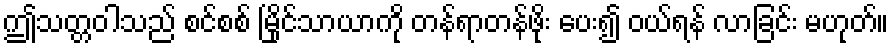
ဤသတ္တဝါသည် စင်စစ် မြိုင်သာယာကို တန်ရာတန်ဖိုး ပေး၍ ဝယ်ရန် လာခြင်း မဟုတ်။